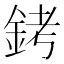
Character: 銬